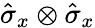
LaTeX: \hat{\sigma}_{x}\otimes\hat{\sigma}_{x}